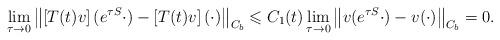
LaTeX: \begin{align*} \lim_{\tau\to 0}\left\|\left[T(t)v\right](e^{\tau S}\cdot)-\left[T(t)v\right](\cdot)\right\|_{C_b}\leqslant C_1(t) \lim_{\tau\to 0}\left\|v(e^{\tau S}\cdot)-v(\cdot)\right\|_{C_b}=0. \end{align*}